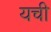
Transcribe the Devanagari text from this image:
यची